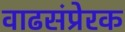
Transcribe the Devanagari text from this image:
वाढसंप्रेरक